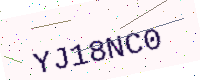
Text: YJ18NC0